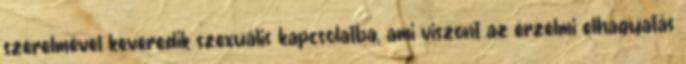
szerelmével keveredik szexuális kapcsolatba, ami viszont az érzelmi elhagyatás